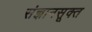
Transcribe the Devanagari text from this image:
संज्ञानसूक्त